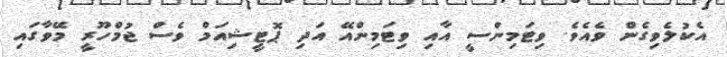
އެކުލެވިގެން ވެއެވެ. ވިޓަމިންސީ އާއި ވިޓަމިންއޭ އަދި ޕޮޓީޝިއަމް ވެސް ޖުމްހޫރީ މޭވާގައި